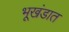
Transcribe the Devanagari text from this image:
भूखंडात